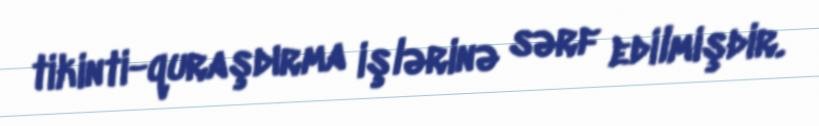
tikinti-quraşdırma işlərinə sərf edilmişdir.